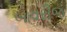
બાવરીજ